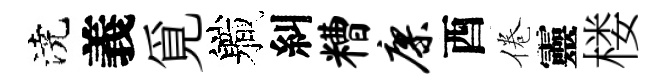
澆義覓軄糾糟廖酉倦靈楼